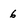
Character: 6